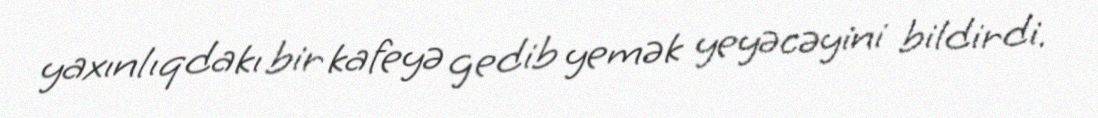
yaxınlıqdakı bir kafeyə gedib yemək yeyəcəyini bildirdi.